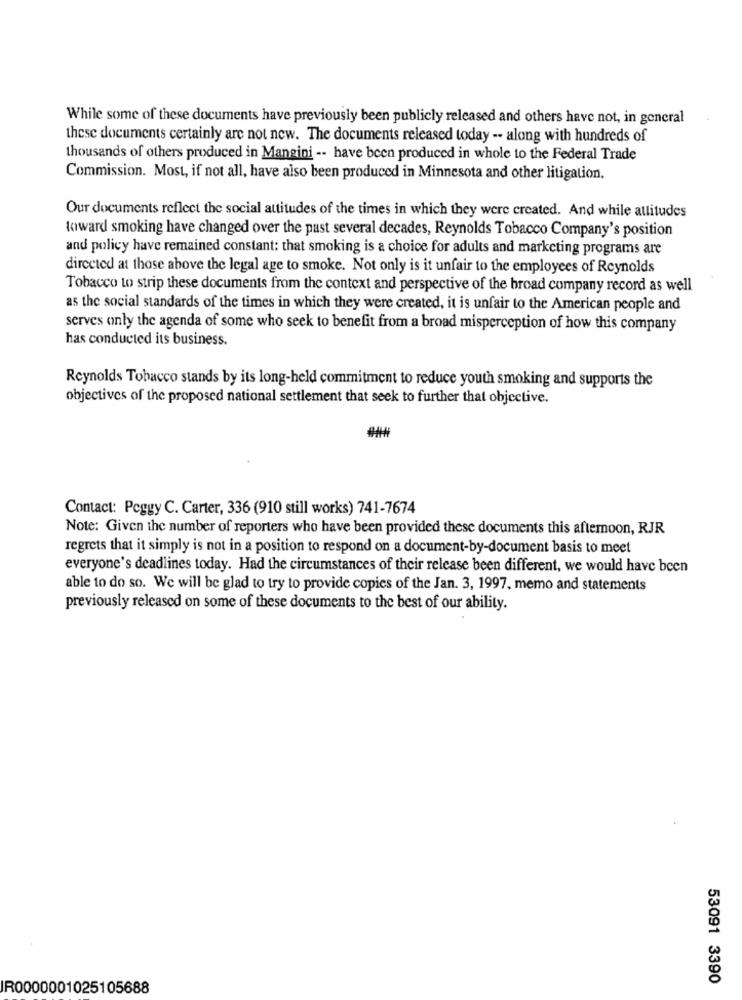
While some of these documents have previously been publicly released and others have not, in general
these documents certainly are not new. The documents released today -- along with hundreds of
thousands of others produced in Mangini -- have been produced in whole to the Federal Trade
Commission. Most, if not all, have also been produced in Minnesota and other litigation.
Our documents reflect the social attitudes of the times in which they were created. And while attitudes
toward smoking have changed over the past several decades, Reynolds Tobacco Company's position
and policy have remained constant: that smoking is a choice for adults and marketing programs are
directed at those above the legal age to smoke. Not only is it unfair to the employees of Reynolds
Tobacco to strip these documents from the context and perspective of the broad company record as well
as the social standards of the times in which they were created, it is unfair to the American people and
serves only the agenda of some who seek to benefit from a broad misperception of how this company
has conducted its business.
Reynolds Tobacco stands by its long-held commitment to reduce youth smoking and supports the
objectives of the proposed national settlement that seek to further that objective.
Contact: Peggy C. Carter, 336 (910 still works) 741-7674
Note: Given the number of reporters who have been provided these documents this afternoon, RJR
regrets that it simply is not in a position to respond on a document-by-document basis to meet
everyone's deadlines today. Had the circumstances of their release been different, we would have been
able to do so. We will be glad to try to provide copies of the Jan. 3, 1997, memo and statements
previously released on some of these documents to the best of our ability.
53091 3390
IR0000001025105688